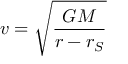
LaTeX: v = { \sqrt { \frac { G M } { r - r _ { S } } } }